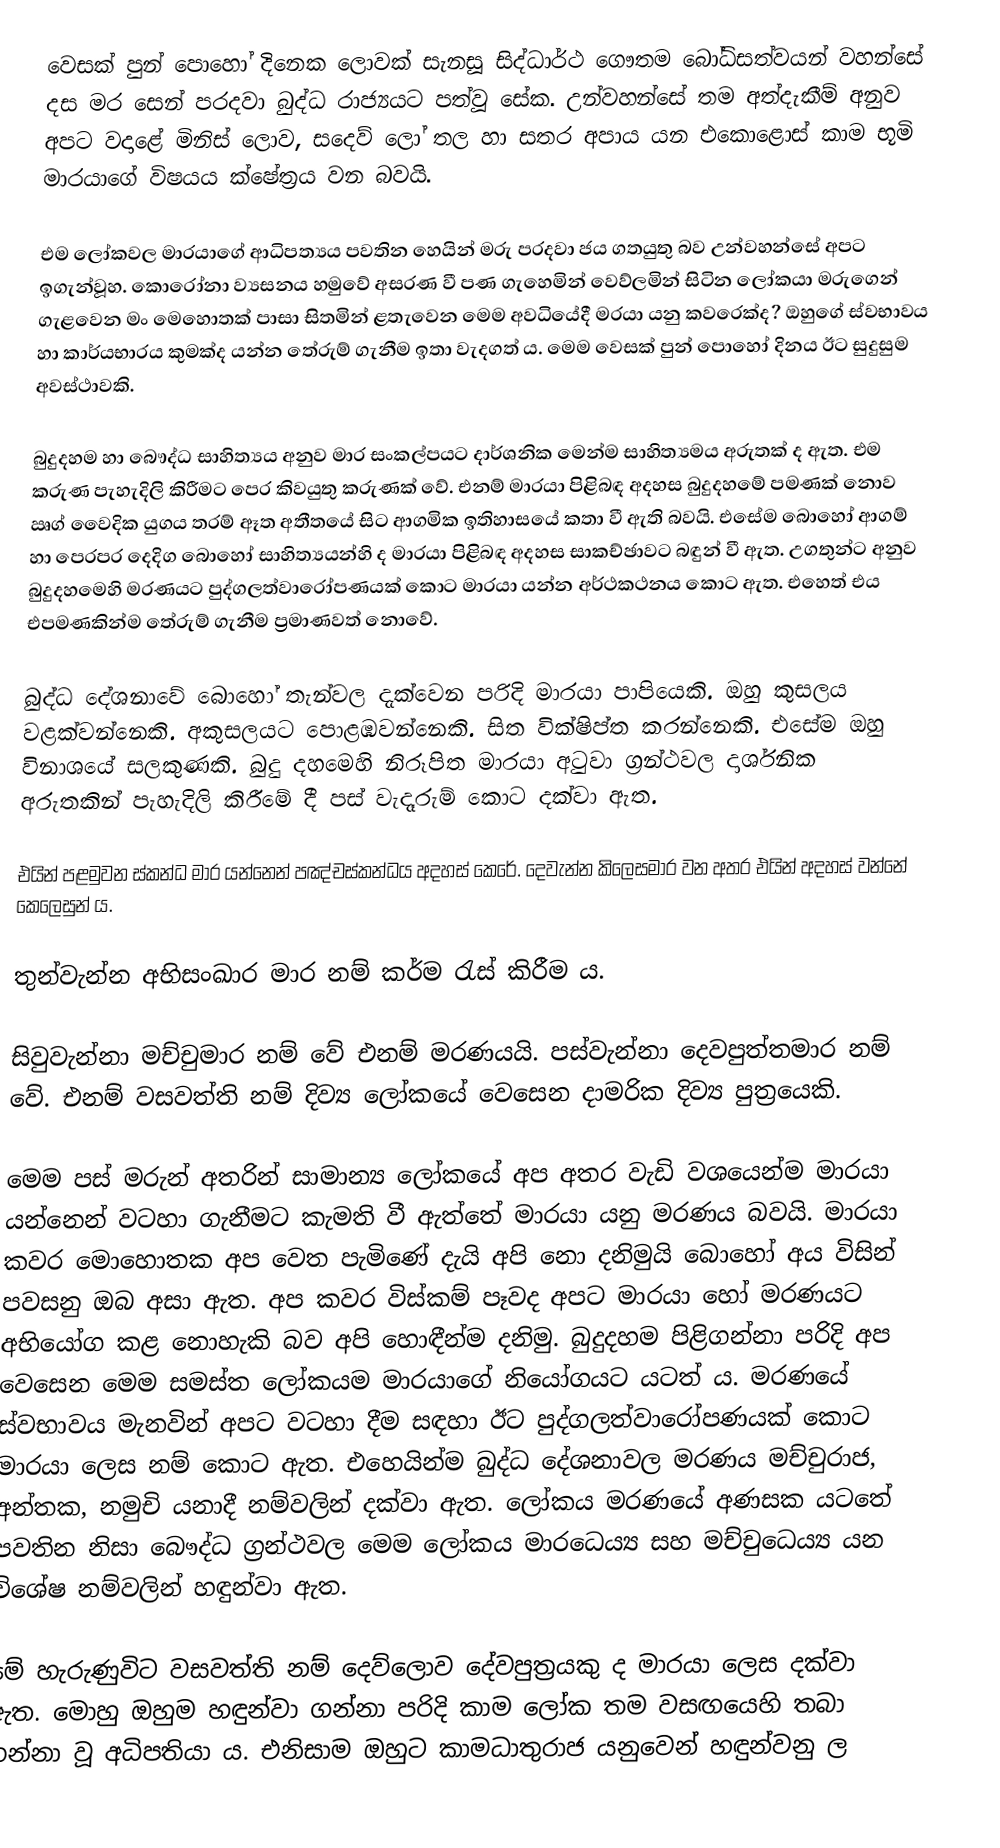
වෙසක් පුන් පොහෝ දිනෙක ලොවක් සැනසූ සිද්ධාර්ථ ගෞතම බෝධිසත්වයන් වහන්සේ දස මර සෙන් පරදවා බුද්ධ රාජ්‍යයට පත්වූ සේක. උන්වහන්සේ තම අත්දැකීම් අනුව අපට වදාළේ මිනිස් ලොව, සදෙව් ලෝ තල හා සතර අපාය යන එකොළොස් කාම භූමි මාරයාගේ විෂයය ක්ෂේත්‍රය වන බවයි.

එම ලෝකවල මාරයාගේ ආධිපත්‍යය පවතින හෙයින් මරු පරදවා ජය ගතයුතු බව උන්වහන්සේ අපට ඉගැන්වූහ. කොරෝනා ව්‍යසනය හමුවේ අසරණ වී පණ ගැහෙමින් වෙව්ලමින් සිටින ලෝකයා මරුගෙන් ගැළවෙන මං මෙහොතක් පාසා සිතමින් ළතැවෙන මෙම අවධියේදී මරයා යනු කවරෙක්ද? ඔහුගේ ස්වභාවය හා කාර්යභාරය කුමක්ද යන්න තේරුම් ගැනීම ඉතා වැදගත් ය. මෙම වෙසක් පුන් පොහෝ දිනය ඊට සුදුසුම අවස්ථාවකි.

බුදුදහම හා බෞද්ධ සාහිත්‍යය අනුව මාර සංකල්පයට දාර්ශනික මෙන්ම සාහිත්‍යමය අරුතක් ද ඇත. එම කරුණ පැහැදිලි කිරීමට පෙර කිවයුතු කරුණක් වේ. එනම් මාරයා පිළිබඳ අදහස බුදුදහමේ පමණක් නොව ඍග් වෛදික යුගය තරම් ඈත අතීතයේ සිට ආගමික ඉතිහාසයේ කතා වී ඇති බවයි. එසේම බොහෝ ආගම් හා පෙරපර දෙදිග බොහෝ සාහිත්‍යයන්හි ද මාරයා පිළිබඳ අදහස සාකච්ඡාවට බඳුන් වී ඇත. උගතුන්ට අනුව බුදුදහමෙහි මරණයට පුද්ගලත්වාරෝපණයක් කොට මාරයා යන්න අර්ථකථනය කොට ඇත. එහෙත් එය එපමණකින්ම තේරුම් ගැනීම ප්‍රමාණවත් නොවේ.

බුද්ධ දේශනාවේ බොහෝ තැන්වල දැක්වෙන පරිදි මාරයා පාපියෙකි. ඔහු කුසලය වළක්වන්නෙකි. අකුසලයට පොළඹවන්නෙකි. සිත වික්ෂිප්ත කරන්නෙකි. එසේම ඔහු විනාශයේ සලකුණකි. බුදු දහමෙහි නිරූපිත මාරයා අටුවා ග්‍රන්ථවල දාර්ශනික අරුතකින් පැහැදිලි කිරීමේ දී පස් වැදෑරුම් කොට දක්වා ඇත.

එයින් පළමුවන ස්කන්ධ මාර යන්නෙන් පඤ්චස්කන්ධය අදහස් කෙරේ. දෙවැන්න කිලෙසමාර වන අතර එයින් අදහස් වන්නේ කෙලෙසුන් ය.

තුන්වැන්න අභිසංඛාර මාර නම් කර්ම රැස් කිරීම ය.

සිවුවැන්නා මච්චුමාර නම් වේ එනම් මරණයයි. පස්වැන්නා දෙවපුත්තමාර නම් වේ. එනම් වසවත්ති නම් දිව්‍ය ලෝකයේ වෙසෙන දාමරික දිව්‍ය පුත්‍රයෙකි.

මෙම පස් මරුන් අතරින් සාමාන්‍ය ලෝකයේ අප අතර වැඩි වශයෙන්ම මාරයා යන්නෙන් වටහා ගැනීමට කැමති වී ඇත්තේ මාරයා යනු මරණය බවයි. මාරයා කවර මොහොතක අප වෙත පැමිණේ දැයි අපි නො දනිමුයි බොහෝ අය විසින් පවසනු ඔබ අසා ඇත. අප කවර විස්කම් පෑවද අපට මාරයා හෝ මරණයට අභියෝග කළ නොහැකි බව අපි හොඳීන්ම දනිමු. බුදුදහම පිළිගන්නා පරිදි අප වෙසෙන මෙම සමස්ත ලෝකයම මාරයාගේ නියෝගයට යටත් ය. මරණයේ ස්වභාවය මැනවින් අපට වටහා දීම සඳහා ඊට පුද්ගලත්වාරෝපණයක් කොට මාරයා ලෙස නම් කොට ඇත. එහෙයින්ම බුද්ධ දේශනාවල මරණය මච්චුරාජ, අන්තක, නමුචි යනාදී නම්වලින් දක්වා ඇත. ලෝකය මරණයේ අණසක යටතේ පවතින නිසා බෞද්ධ ග්‍රන්ථවල මෙම ලෝකය මාරධෙය්‍ය සහ මච්චුධෙය්‍ය යන විශේෂ නම්වලින් හඳුන්වා ඇත.

මේ හැරුණුවිට වසවත්ති නම් දෙව්ලොව දේවපුත්‍රයකු ද මාරයා ලෙස දක්වා ඇත. මොහු ඔහුම හඳුන්වා ගන්නා පරිදි කාම ලෝක තම වසඟයෙහි තබා ගන්නා වූ අධිපතියා ය. එනිසාම ඔහුට කාමධාතුරාජ යනුවෙන් හඳුන්වනු ල